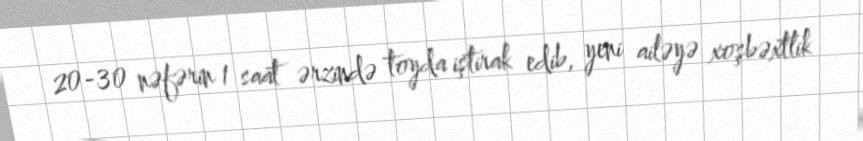
20-30 nəfərin 1 saat ərzində toyda iştirak edib, yeni ailəyə xoşbəxtlik